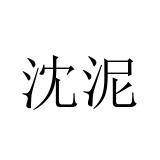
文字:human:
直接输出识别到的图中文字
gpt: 沈泥